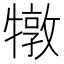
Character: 犜